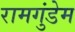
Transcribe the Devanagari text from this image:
रामगुंडेम